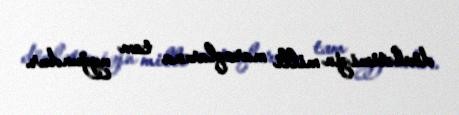
dövlətimizin milli maraqlarına tam uyğundur.